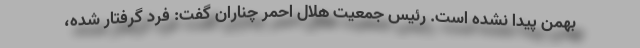
بهمن پیدا نشده است. رئیس جمعیت هلال احمر چناران گفت: فرد گرفتار شده،